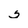
Character: 5